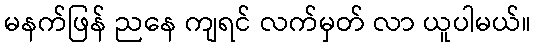
မနက်ဖြန် ညနေ ကျရင် လက်မှတ် လာ ယူပါမယ်။